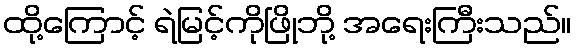
ထို့ကြောင့် ရဲမြင့်ကိုဖြိုဘို့ အရေးကြီးသည်။